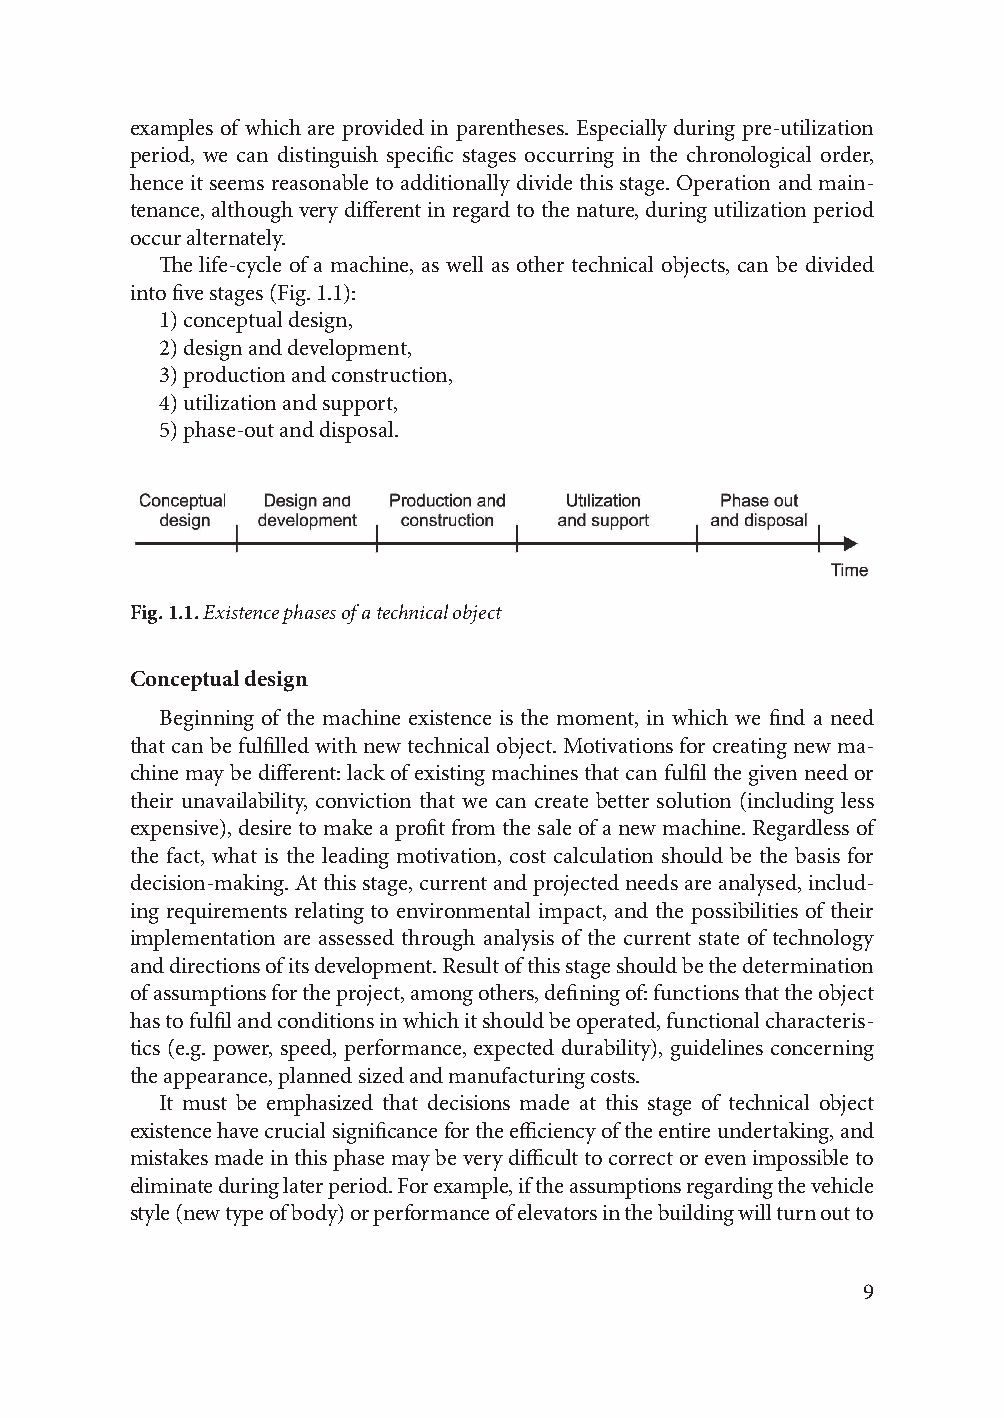
examples of which are provided in parentheses. Especially during pre-utilization
 period, we can distinguish specific stages occurring in the chronological order,
 hence it seems reasonable to additionally divide this stage. Operation and main-
 tenance, although very different in regard to the nature, during utilization period
 occur alternately.
 The life-cycle of a machine, as well as other technical objects, can be divided
 into five stages (Fig. 1.1):
 1) conceptual design,
 2) design and development,
 3) production and construction,
 4) utilization and support,
 5) phase-out and disposal.
 Fig. 1.1. Existence phases of a technical object
 Conceptual design
 Beginning of the machine existence is the moment, in which we find a need
 that can be fulfilled with new technical object. Motivations for creating new ma-
 chine may be different: lack of existing machines that can fulfil the given need or
 their unavailability, conviction that we can create better solution (including less
 expensive), desire to make a profit from the sale of a new machine. Regardless of
 the fact, what is the leading motivation, cost calculation should be the basis for
 decision-making. At this stage, current and projected needs are analysed, includ-
 ing requirements relating to environmental impact, and the possibilities of their
 implementation are assessed through analysis of the current state of technology
 and directions of its development. Result of this stage should be the determination
 of assumptions for the project, among others, defining of: functions that the object
 has to fulfil and conditions in which it should be operated, functional characteris-
 tics (e.g. power, speed, performance, expected durability), guidelines concerning
 the appearance, planned sized and manufacturing costs.
 It must be emphasized that decisions made at this stage of technical object
 existence have crucial significance for the efficiency of the entire undertaking, and
 mistakes made in this phase may be very difficult to correct or even impossible to
 eliminate during later period. For example, if the assumptions regarding the vehicle
 style (new type of body) or performance of elevators in the building will turn out to
 9